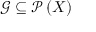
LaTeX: { \mathcal { G } } \subseteq { \mathcal { P } } \left( X \right)